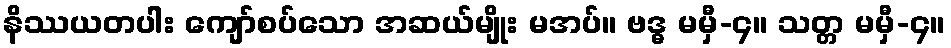
နိဿယတပါး ကျော်စပ်သော အဆယ်မျိုး မအပ်။ ဗဒ္ဓ မမှီ-၄။ သတ္တ မမှီ-၄။